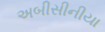
અબીસીનીયા